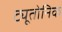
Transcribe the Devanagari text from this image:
ट्यूतोनिक